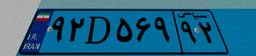
۹۵D۵۶۱۴۴